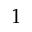
1